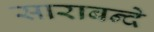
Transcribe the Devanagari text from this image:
साराबन्दे